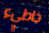
خاطيء